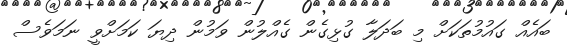
ބައެއް ގައުމުތަކަށް މި ބަދަލާ ގުޅިގެން ގެއްލުން ވަމުން ދިޔަ ކަމަށްވީ ނަމަވެސް